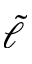
\tilde { \ell }